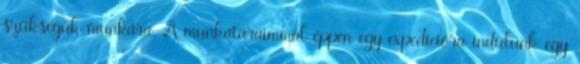
szükségük munkára. A munkatáraimmal éppen egy expedícióra indulunk egy